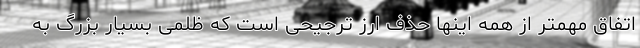
اتفاق مهمتر از همه اینها حذف ارز ترجیحی است که ظلمی بسیار بزرگ به